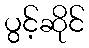
ပွင့်ဆိုင်